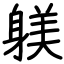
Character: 躾